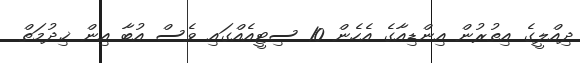
ދިއްލީގެ އިތުރުން އިންޑިއާގެ އެހެން 10 ސިޓީއެއްގައި ވެސް އުބާ އިން ޚިދުމަތް